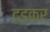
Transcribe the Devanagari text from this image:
दडकर